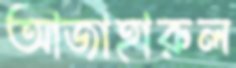
আজাহারুল